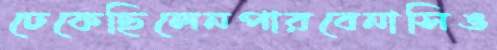
ঢেকেছিলেনপারবেনাসিঙ